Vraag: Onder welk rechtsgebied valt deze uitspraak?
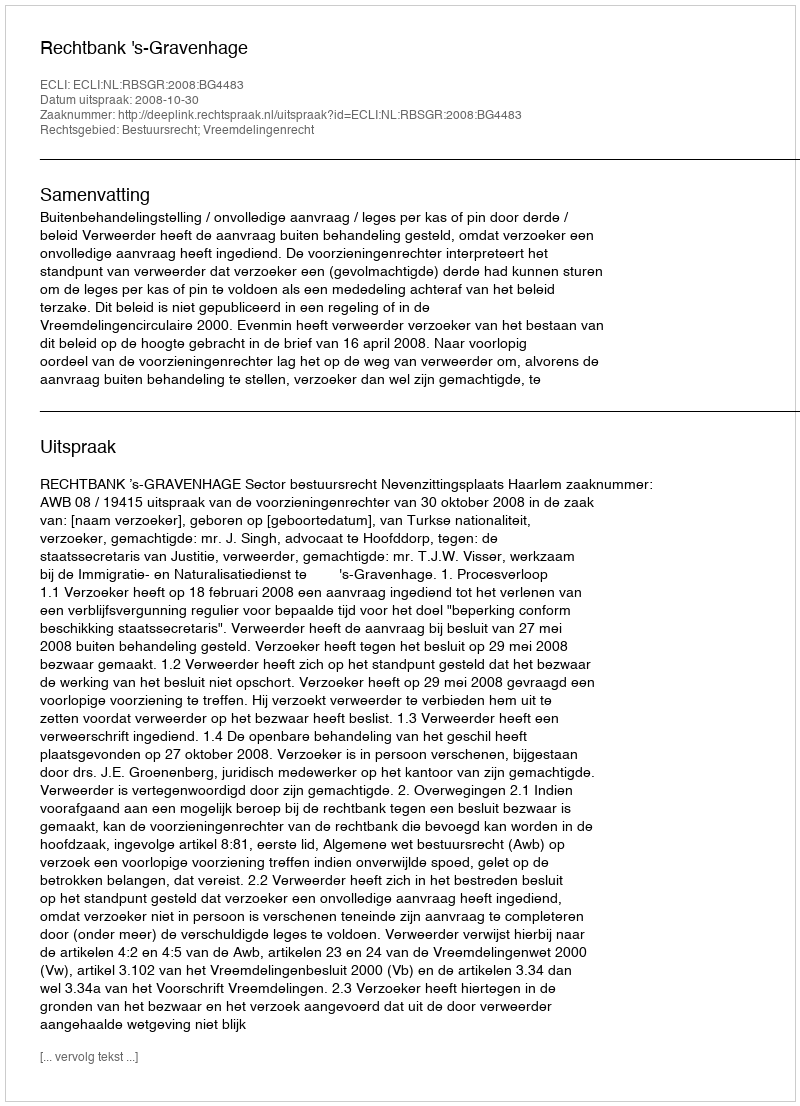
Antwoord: Bestuursrecht; Vreemdelingenrecht